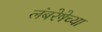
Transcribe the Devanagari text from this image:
लंबरेषेच्या